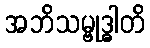
အဘိသမ္ဗုဒ္ဓါတိ